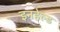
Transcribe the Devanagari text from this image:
इनहेल्ड